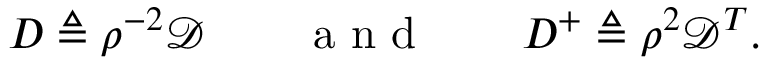
D \triangleq \rho ^ { - 2 } \mathcal { D } \qquad \mathrm { ~ a ~ n ~ d ~ } \qquad D ^ { + } \triangleq \rho ^ { 2 } \mathcal { D } ^ { T } .